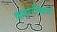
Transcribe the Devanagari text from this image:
कत्यरीकाल